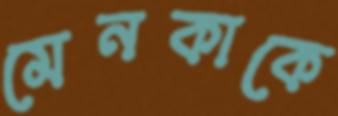
মেনকাকে